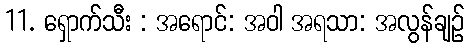
11. ရှောက်သီး : အရောင်: အဝါ အရသာ: အလွန်ချဉ်